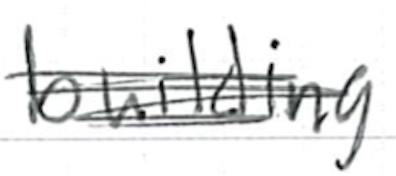
Text: building
Cross-out: scratch
Writing tool: ballpoint